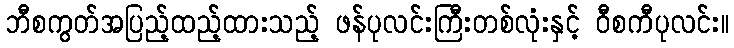
ဘီစကွတ်အပြည့်ထည့်ထားသည့် ဖန်ပုလင်းကြီးတစ်လုံးနှင့် ဝီစကီပုလင်း။